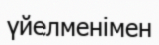
үйелменімен